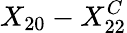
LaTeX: X_{20}-X_{22}^{C}